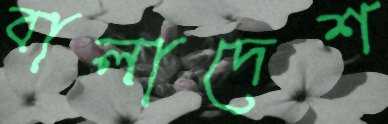
বালাদেশ